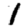
Digit: 1